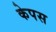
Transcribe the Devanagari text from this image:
केपस